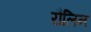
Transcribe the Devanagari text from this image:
रौलिन